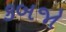
કબજો